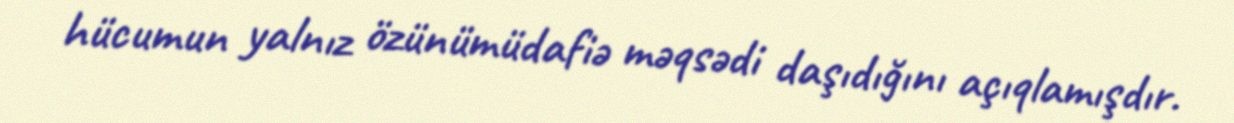
hücumun yalnız özünümüdafiə məqsədi daşıdığını açıqlamışdır.